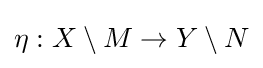
\eta :X\setminus M\rightarrow Y\setminus N